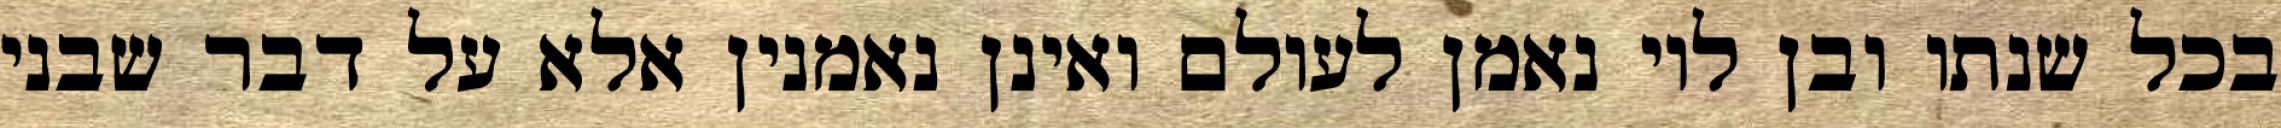
בכל שנתו ובן לוי נאמן לעולם ואינן נאמנין אלא על דבר שבני